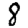
Digit: 8